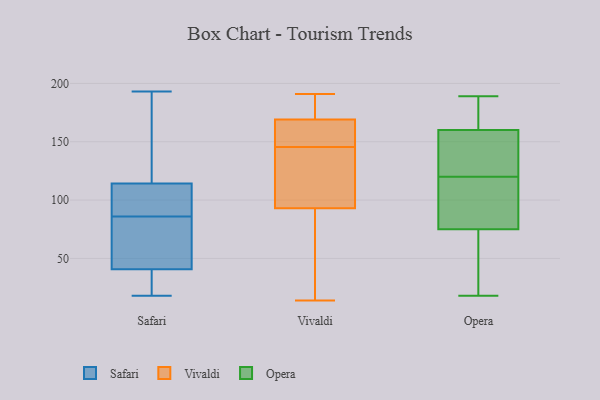
{"axis": {"x": "Shipments", "y": "Value"}, "legend": ["Opera", "Safari", "Vivaldi"], "data": [{"x": "", "y": 40, "type": "Safari"}, {"x": "", "y": 41, "type": "Safari"}, {"x": "", "y": 68, "type": "Safari"}, {"x": "", "y": 99, "type": "Safari"}, {"x": "", "y": 75, "type": "Safari"}, {"x": "", "y": 167, "type": "Safari"}, {"x": "", "y": 18, "type": "Safari"}, {"x": "", "y": 193, "type": "Safari"}, {"x": "", "y": 160, "type": "Safari"}, {"x": "", "y": 60, "type": "Safari"}, {"x": "", "y": 23, "type": "Safari"}, {"x": "", "y": 90, "type": "Safari"}, {"x": "", "y": 157, "type": "Safari"}, {"x": "", "y": 100, "type": "Safari"}, {"x": "", "y": 88, "type": "Safari"}, {"x": "", "y": 86, "type": "Safari"}, {"x": "", "y": 36, "type": "Safari"}, {"x": "", "y": 157, "type": "Vivaldi"}, {"x": "", "y": 138, "type": "Vivaldi"}, {"x": "", "y": 72, "type": "Vivaldi"}, {"x": "", "y": 93, "type": "Vivaldi"}, {"x": "", "y": 135, "type": "Vivaldi"}, {"x": "", "y": 163, "type": "Vivaldi"}, {"x": "", "y": 133, "type": "Vivaldi"}, {"x": "", "y": 153, "type": "Vivaldi"}, {"x": "", "y": 179, "type": "Vivaldi"}, {"x": "", "y": 191, "type": "Vivaldi"}, {"x": "", "y": 169, "type": "Vivaldi"}, {"x": "", "y": 180, "type": "Vivaldi"}, {"x": "", "y": 45, "type": "Vivaldi"}, {"x": "", "y": 14, "type": "Vivaldi"}, {"x": "", "y": 125, "type": "Opera"}, {"x": "", "y": 189, "type": "Opera"}, {"x": "", "y": 155, "type": "Opera"}, {"x": "", "y": 39, "type": "Opera"}, {"x": "", "y": 183, "type": "Opera"}, {"x": "", "y": 72, "type": "Opera"}, {"x": "", "y": 110, "type": "Opera"}, {"x": "", "y": 143, "type": "Opera"}, {"x": "", "y": 122, "type": "Opera"}, {"x": "", "y": 57, "type": "Opera"}, {"x": "", "y": 118, "type": "Opera"}, {"x": "", "y": 114, "type": "Opera"}, {"x": "", "y": 76, "type": "Opera"}, {"x": "", "y": 74, "type": "Opera"}, {"x": "", "y": 18, "type": "Opera"}, {"x": "", "y": 184, "type": "Opera"}, {"x": "", "y": 165, "type": "Opera"}, {"x": "", "y": 185, "type": "Opera"}, {"x": "", "y": 84, "type": "Opera"}, {"x": "", "y": 124, "type": "Opera"}]}